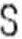
S